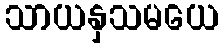
သာယနှသမယေ